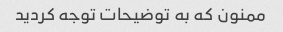
ممنون که به توضیحات توجه کردید